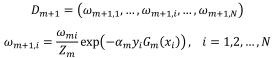
\begin{align*}
D_{m+1} &= (\omega_{m+1,1}, \cdots, \omega_{m+1,i}, \cdots, \omega_{m+1,N}) \\
\omega_{m+1,i} &= \frac{\omega_i}{Z_m} \exp (-\alpha y_n G_m(x_i)), \quad i = 1,2, \cdots, N
\end{align*}